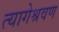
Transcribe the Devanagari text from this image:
त्यागेश्रवण